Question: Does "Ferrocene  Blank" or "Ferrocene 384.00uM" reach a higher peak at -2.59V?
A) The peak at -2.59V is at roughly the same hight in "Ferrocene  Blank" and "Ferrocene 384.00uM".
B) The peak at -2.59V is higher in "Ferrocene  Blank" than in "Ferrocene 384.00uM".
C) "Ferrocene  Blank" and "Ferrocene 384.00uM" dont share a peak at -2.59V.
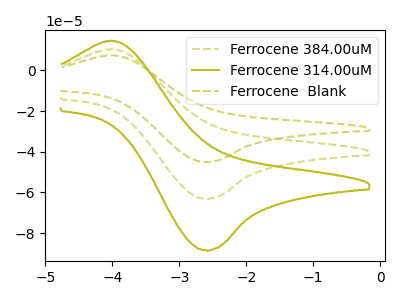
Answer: <think>The olive dashed curve "Ferrocene 384.00uM" has an anodic peak at (-4.00V, 10.45uA) and a cathodic peak at (-2.60V, -63.10uA). The olive curve "Ferrocene 314.00uM" has an anodic peak at (-4.00V, 14.65uA) and a cathodic peak at (-2.60V, -88.50uA). The olive dashed curve "Ferrocene  Blank" has an anodic peak at (-4.00V, 20.90uA) and a cathodic peak at (-2.60V, -126.25uA).</think>
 <answer>B) The peak at -2.59V is higher in "Ferrocene  Blank" than in "Ferrocene 384.00uM".</answer>
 <eval>B</eval>